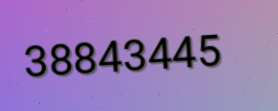
38843445